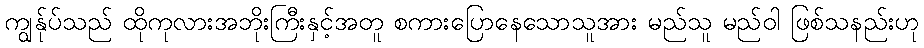
ကျွန်ုပ်သည် ထိုကုလားအဘိုးကြီးနှင့်အတူ စကားပြောနေသောသူအား မည်သူ မည်ဝါ ဖြစ်သနည်းဟု